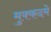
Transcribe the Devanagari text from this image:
मुक्कदमे